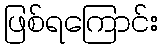
ဖြစ်ရကြောင်း